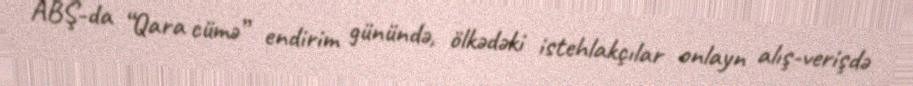
ABŞ-da “Qara cümə” endirim günündə, ölkədəki istehlakçılar onlayn alış-verişdə